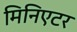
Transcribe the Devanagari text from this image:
मिनिएटर